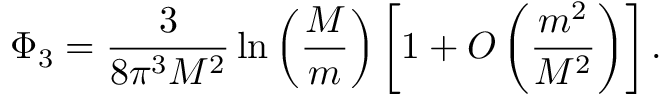
\Phi _ { 3 } = \frac { 3 } { 8 \pi ^ { 3 } M ^ { 2 } } \ln \left( \frac { M } { m } \right) \left[ 1 + O \left( \frac { m ^ { 2 } } { M ^ { 2 } } \right) \right] .